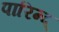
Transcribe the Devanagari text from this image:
पारिन्द्